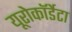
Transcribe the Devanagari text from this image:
यूरोकॉर्डेटा